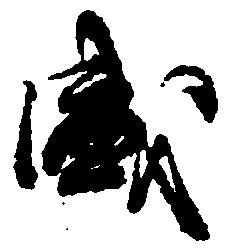
盛